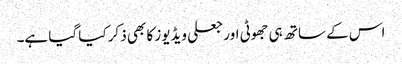
اس کے ساتھ ہی جھوٹی اور جعلی ویڈیوز کا بھی ذکر کیا گیا ہے۔